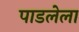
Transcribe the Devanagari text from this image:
पाडलेला